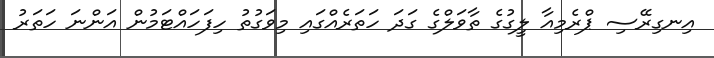
އިނގިރޭސި ޕްރެމިއާ ލީގުގެ ތާވަލްގެ ގަދަ ހަތަރެއްގައި މިވަގުތު ހިފަހައްޓަމުން އަންނަ ހަތަރު